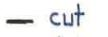
- cut